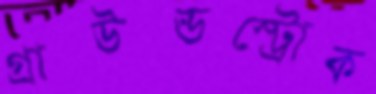
গ্রাউন্ডস্ট্রোক